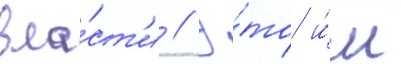
вла́ст'и // Э́то и́м